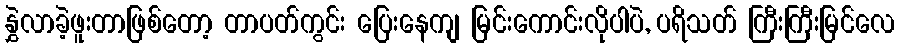
နွှဲလာခဲ့ဖူးတာဖြစ်တော့ တာပတ်ကွင်း ပြေးနေကျ မြင်းကောင်းလိုပါပဲ, ပရိသတ် ကြီးကြီးမြင်လေ